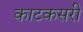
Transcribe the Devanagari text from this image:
काटकसरी